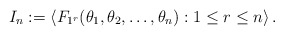
\begin{align*}I_n := \left< F_{1^r}(\theta_1, \theta_2, \ldots, \theta_n) : 1 \leq r \leq n \right>.\end{align*}